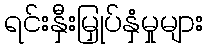
ရင်းနှီးမြှုပ်နှံမှုများ